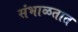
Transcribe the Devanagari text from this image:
संभाळतात